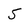
Character: 5